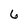
Character: 6